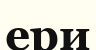
ери